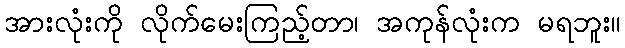
အားလုံးကို လိုက်မေးကြည့်တာ၊ အကုန်လုံးက မရဘူး။